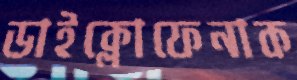
ডাইক্লোফেনাক